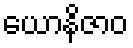
ယောနိဇာဝ